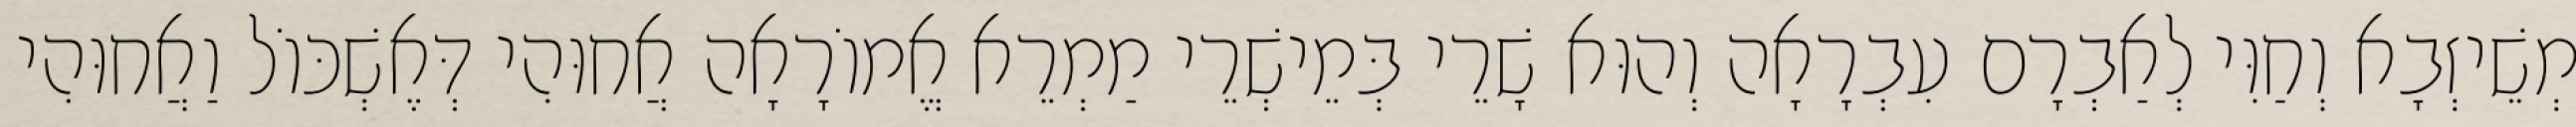
מְשֵׁיזְבָא וְחַוִּי לְאַבְרָם עִבְרָאָה וְהוּא שָׁרֵי בְּמֵישְׁרֵי מַמְרֵא אֱמוֹרָאָה אֲחוּהִי דְּאֶשְׁכּוֹל וַאֲחוּהִי